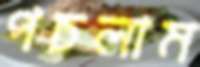
পচলাম